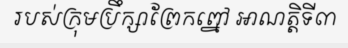
របស់ក្រុមប្រឹក្សាព្រែកព្នៅ អាណត្តិទី៣